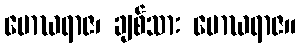
မောဃရာဇ၊ ချစ်သား မောဃရာဇ။